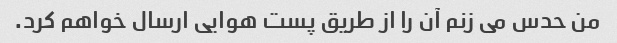
من حدس می زنم آن را از طریق پست هوایی ارسال خواهم کرد.